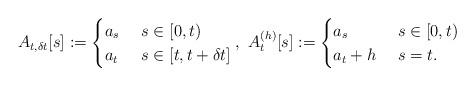
LaTeX: \begin{align*}A_{t,\delta t}[s] := \begin{cases} a_s & ~ s \in [0,t) \\ a_t & ~ s \in [t,t+\delta t] \end{cases},~ A_{t}^{(h)}[s] := \begin{cases} a_s & ~ s \in [0,t) \\ a_t + h & ~ s = t. \end{cases} \end{align*}